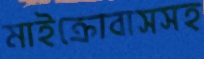
মাইক্রোবাসসহ